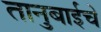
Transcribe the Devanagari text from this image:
तानुबाईचे